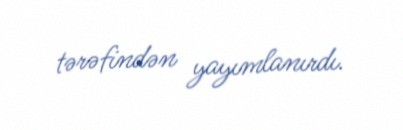
tərəfindən yayımlanırdı.